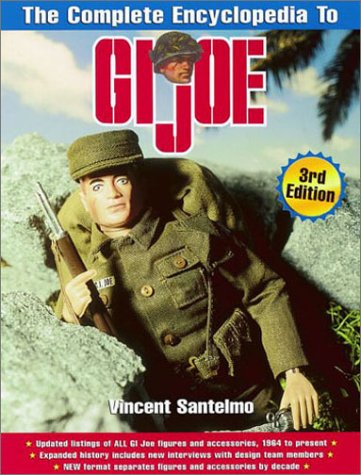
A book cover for The Complete Encyclopedia to GI Joe (Complete Encyclopedia to G. I. Joe); Vincent Santelmo; Humor & Entertainment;